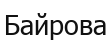
Байрова